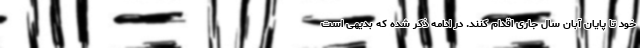
خود تا پایان آبان سال جاری اقدام کنند. در ادامه ذکر شده که بدیهی است